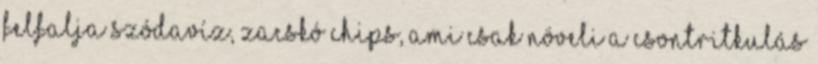
felfalja szódavíz, zacskó chips, ami csak növeli a csontritkulás